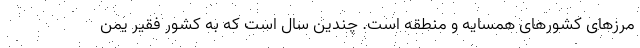
مرزهای کشورهای همسایه و منطقه است. چندین سال است که به کشور فقیر یمن